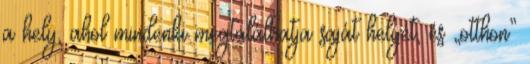
a hely, ahol mindenki megtalálhatja saját helyét, és „otthon”